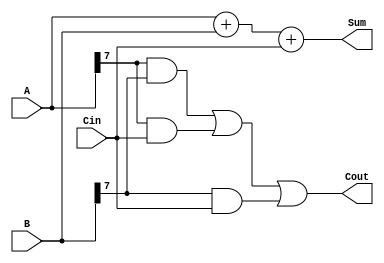
module carry_save_adder (
    input [7:0] A,
    input [7:0] B,
    input Cin,
    output [7:0] Sum,
    output Cout
);

reg [7:0] intermediate_sum;
reg final_carry;

assign Sum = intermediate_sum;
assign Cout = final_carry;

always @(*) begin
    intermediate_sum = A + B + Cin;
    final_carry = (A[7] & B[7]) | (A[7] & Cin) | (B[7] & Cin);
end

endmodule